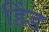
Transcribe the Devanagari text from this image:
हिंड